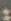
: